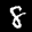
Label: 8